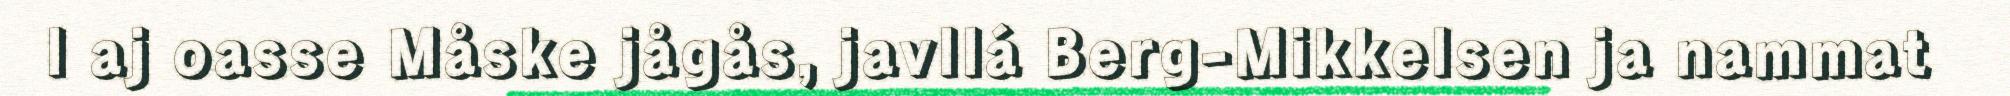
l aj oasse Måske jågås, javllá Berg-Mikkelsen ja nammat